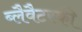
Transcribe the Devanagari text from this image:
ब्लैवैटस्की